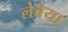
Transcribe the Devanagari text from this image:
लेबेया